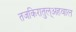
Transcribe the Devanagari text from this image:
तजकिरातुल्अहवाल